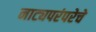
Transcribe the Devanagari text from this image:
नाट्यपरंपरेचे